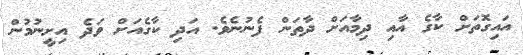
އައިގޮތަށް ކާގެ އާއި ދިމާއަށް ދާތަން ފެނުނެވެ. އަދި ކާގެއަށް ވަދެ އިށީނުމުން